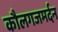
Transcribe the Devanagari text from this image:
कौलगजमर्दन